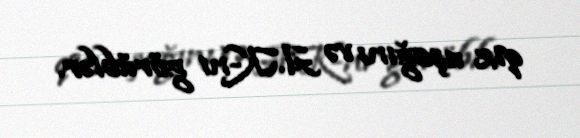
qız uşağını və A.K-nı görüblər.